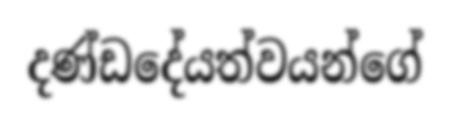
දණ්ඩදේයත්වයන්ගේ